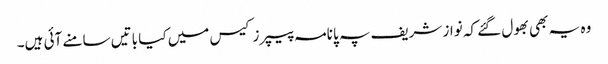
وہ یہ بھی بھول گئے کہ نواز شریف پہ پانامہ پیپرز کیس میں کیا باتیں سامنے آئی ہیں۔